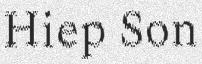
Hiep Son